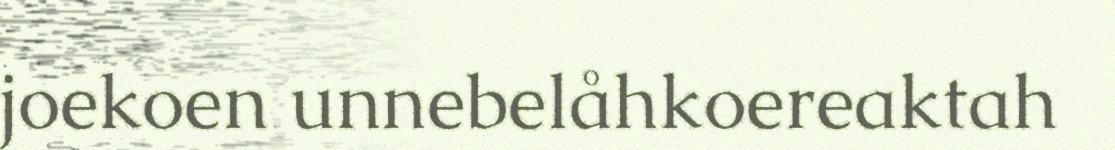
joekoen unnebelåhkoereaktah